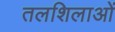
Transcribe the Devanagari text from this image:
तलशिलाओं